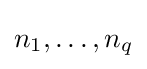
n_{1},\dotsc ,n_{q}